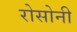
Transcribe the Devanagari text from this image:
रोसोनी